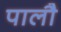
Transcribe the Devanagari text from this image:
पालौ